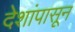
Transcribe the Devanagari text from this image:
देशांपासून